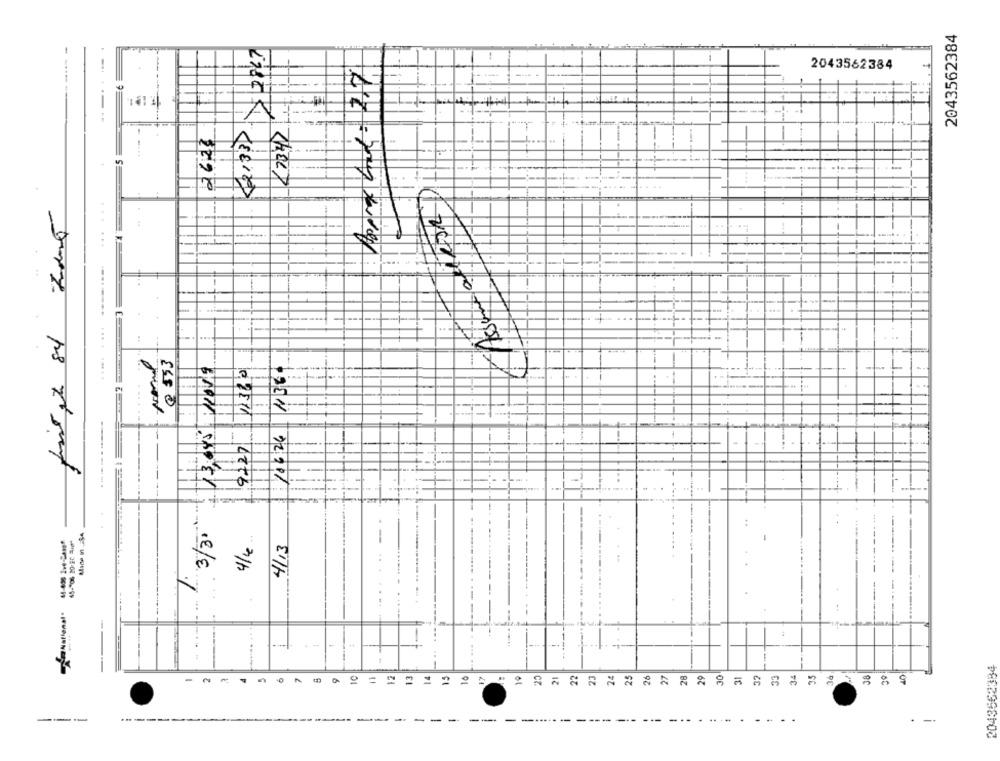
2043562384
2043562384
(7347
2628
... ...
.....
-
-
-
--
.......
.... .
@ 553
13.005/ 11058
12360
136
.....
. ..
-
10326
9227
1
3/35
-
4/13
1.
National
:
--
++
2043562384
25
21
23
24
25
26
27
28
29
30
32
35
22
---
------
...